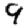
Digit: 9